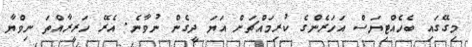
މިގޭގައި ބެހެއްޓިޔަސް އަހަރެންގެ ކުރިމައްޗަށް އަޔަ ދީގެން ނުވާނެ. އެރޭ ހަރީރާއްތަ ނިވްޔާ